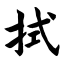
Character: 拭